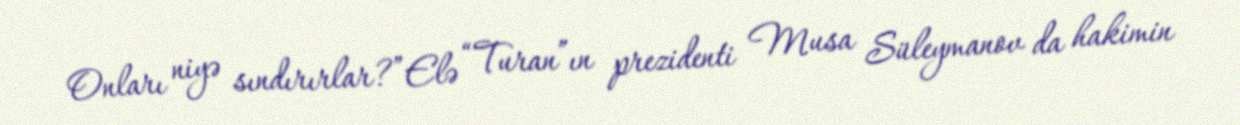
Onları niyə sındırırlar?”Elə “Turan”ın prezidenti Musa Süleymanov da hakimin